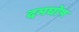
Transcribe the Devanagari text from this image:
दमघोष